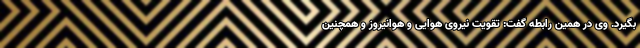
بگیرد. وی در همین رابطه گفت: تقویت نیروی هوایی و هوانیروز و همچنین